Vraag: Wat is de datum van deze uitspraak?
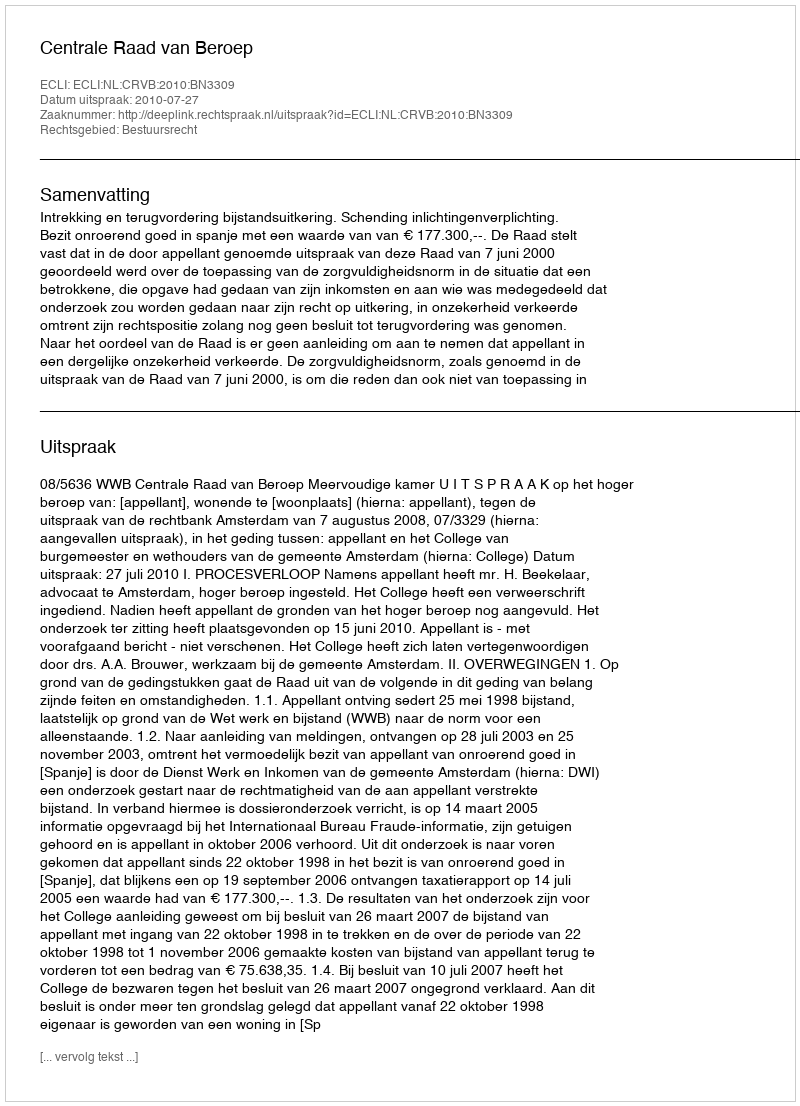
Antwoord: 2010-07-27